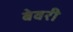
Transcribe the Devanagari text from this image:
बेवरी